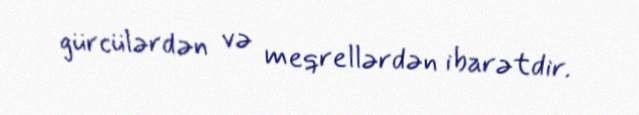
gürcülərdən və meqrellərdən ibarətdir.